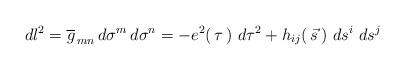
\begin{align*}dl^2= \overline g_{\, mn} \, d\sigma^m\, d\sigma^n= -e^2(\, \tau\, )\,\, d\tau^2 +h_{ij}(\, \vec s\, )\, \, ds^i\, \, ds^j\end{align*}